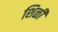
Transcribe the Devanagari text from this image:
शिळी